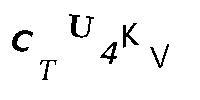
CTU4KV